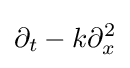
\partial _{t}-k\partial _{x}^{2}